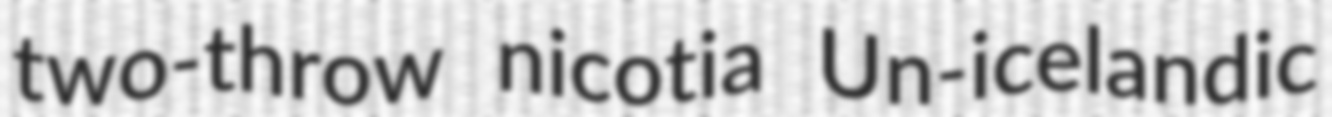
two-throw nicotia Un-icelandic